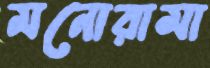
মনোরামা